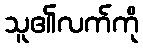
သူ၏လက်ကို